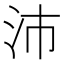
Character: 沛